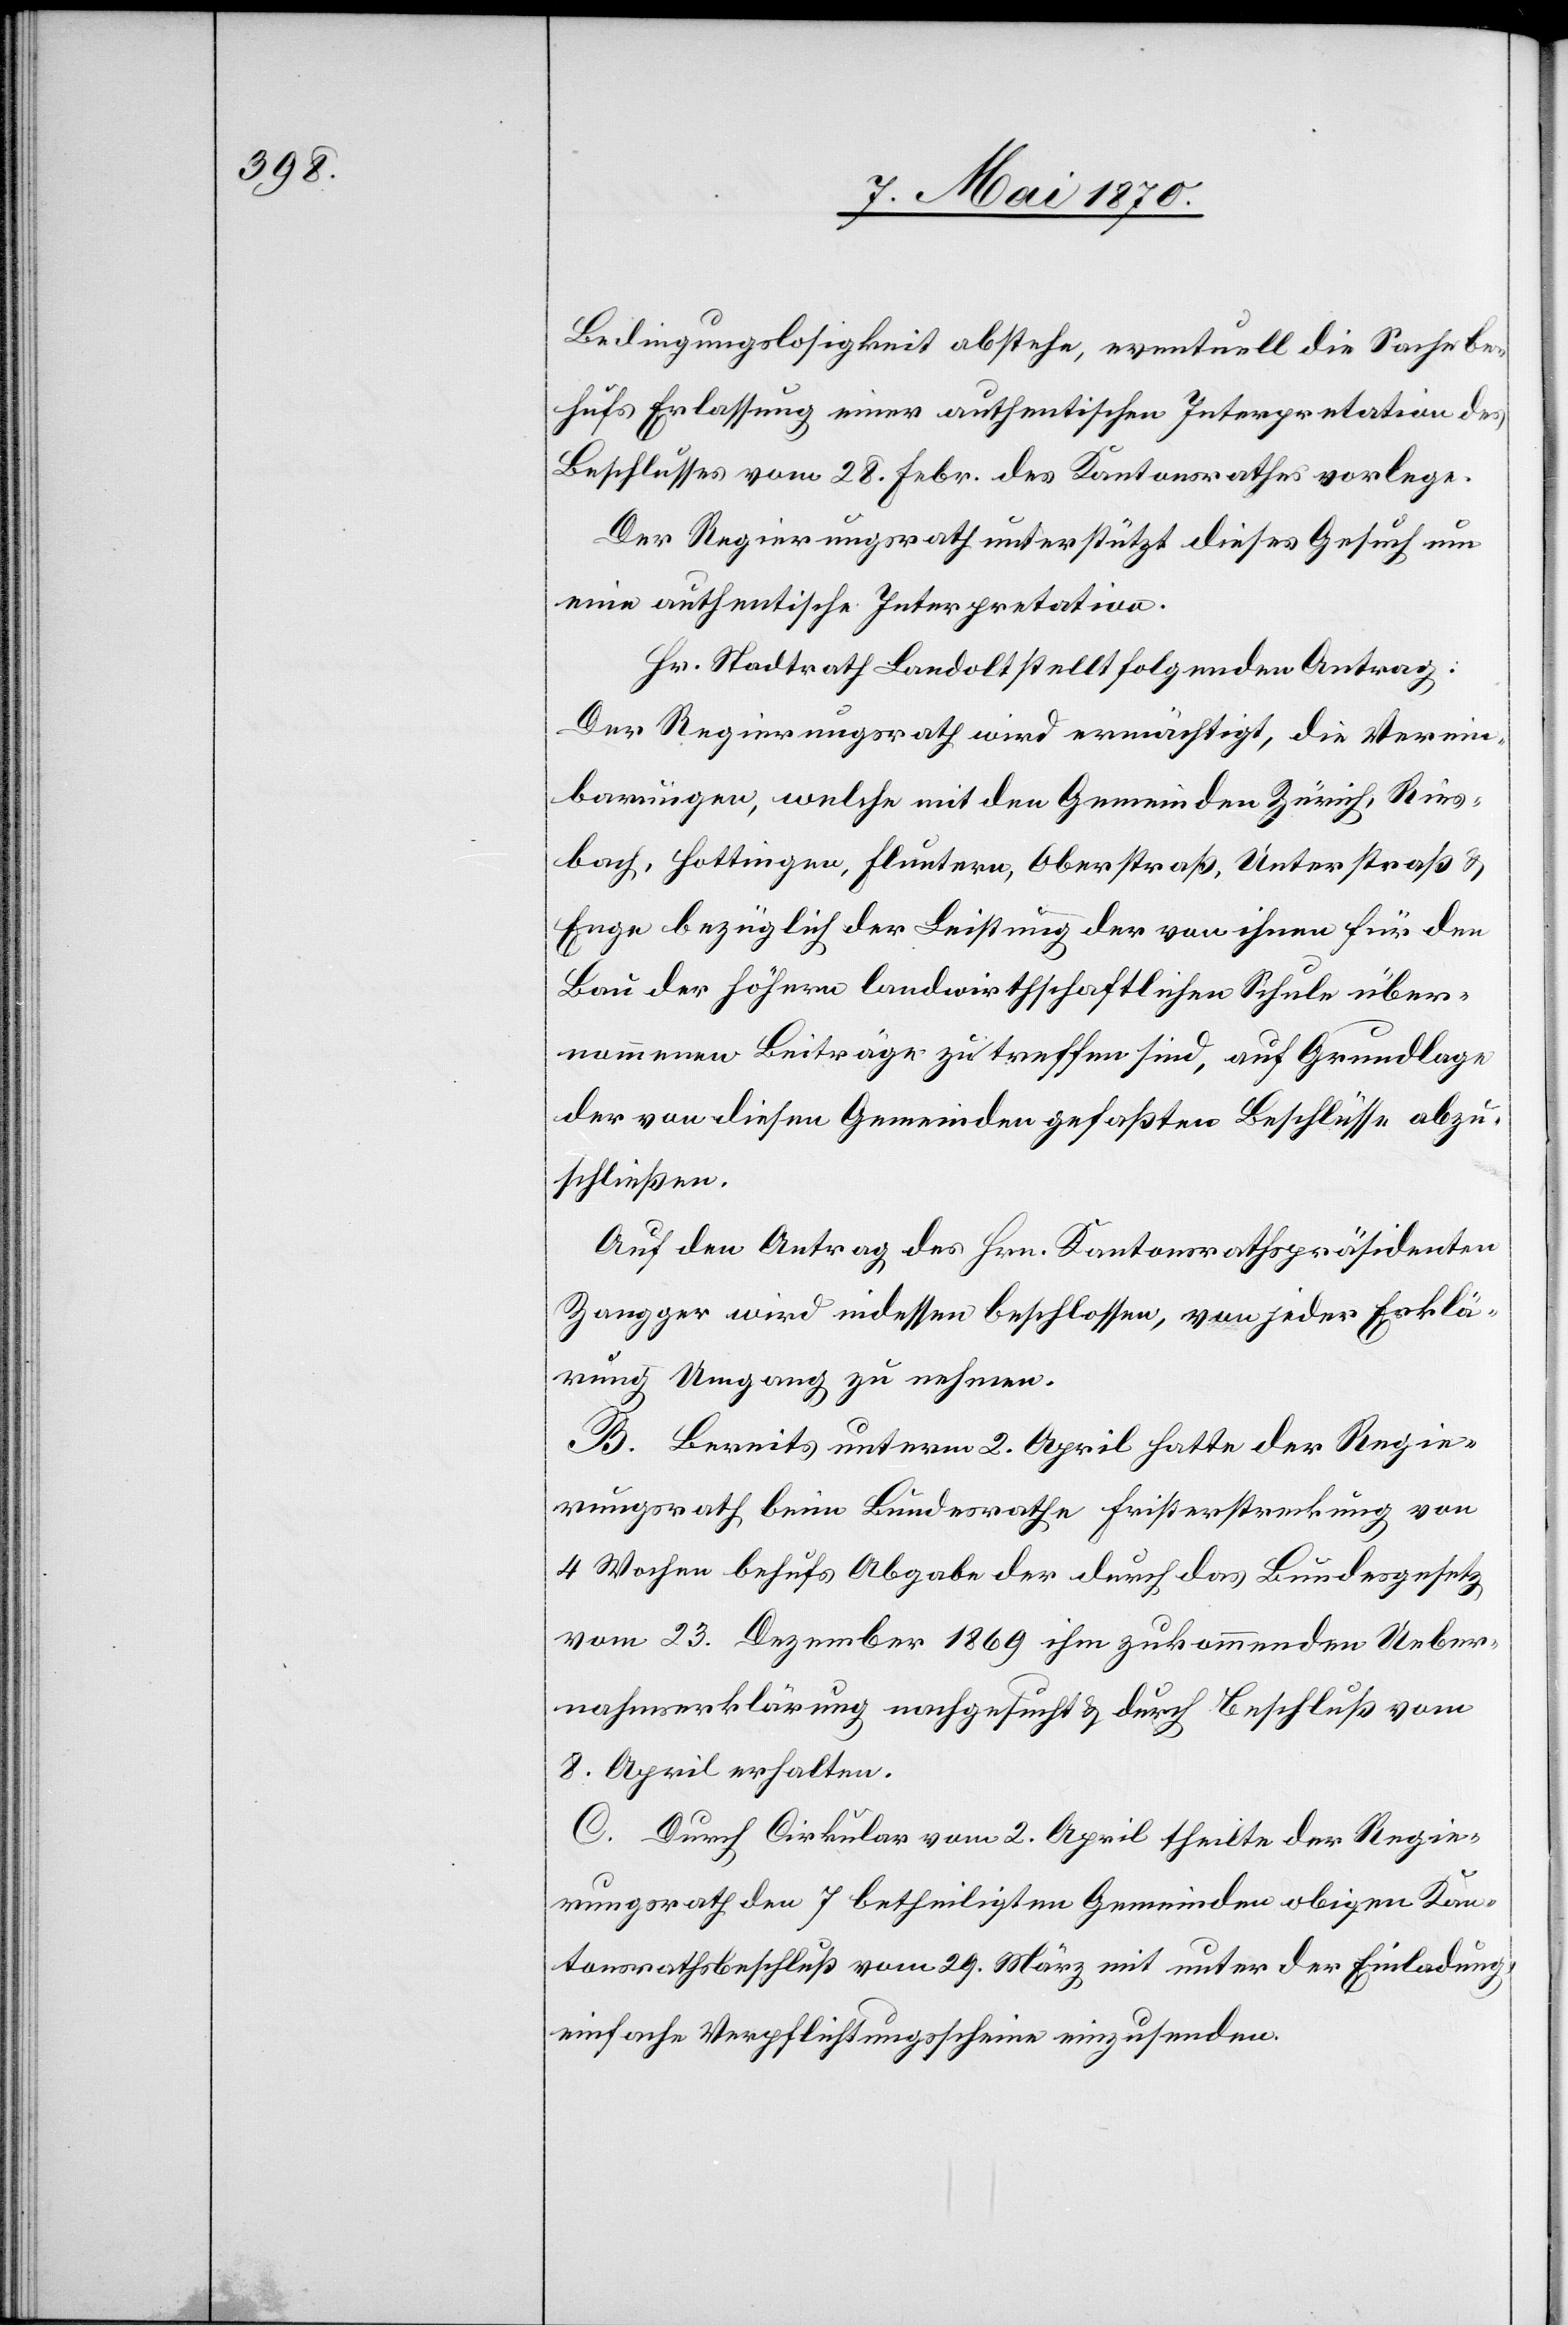
Bedingungslosigkeit abstehe, eventuell die Sache be¬
hufs Erlassung einer authentischen Interpretation des
Beschlusses vom 28. Febr. des Kantonsrathes vorlege.
Der Regierungsrath unterstützt dieses Gesuch um
eine authentische Interpretation.
Hr. Stadtrath Landolt stellt folgenden Antrag:
Der Regierungsrath wird ermächtigt, die Verein¬
barungen, welche mit den Gemeinden Zürich, Ries¬
bach, Hottingen, Fluntern, Oberstraß, Unterstraß &
Enge bezüglich der Leistung der von ihnen für den
Bau der höhern landwirtschaftlichen Schule über¬
nommenen Beiträge zu treffen sind, auf Grundlage
der von diesen Gemeinden gefaßten Beschlüsse abzu¬
schließen.
Auf den Antrag des Hrn. Kantonsrathspräsidenten
Zangger wird indessen beschlossen, von jeder Erklä¬
rung Umgang zu nehmen.
B. Bereits unterm 2. April hatte der Regie¬
rungsrath beim Bundesrathe Fristerstreckung von
4 Wochen behufs Abgabe der durch das Bundesgesetz
vom 23. Dezember 1869 ihm zukommenden Ueber¬
nahmserklärung nachgesucht & durch Beschluß vom
8. April erhalten.
C. Durch Cirkular vom 2. April theilte der Regie¬
rungsrath den 7 betheiligten Gemeinden obigen Kan¬
tonsrathsbeschluß vom 29. März mit unter der Einladung,
einfache Verpflichtungsscheine einzusenden.